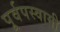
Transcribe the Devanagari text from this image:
पूर्वपस्वामी